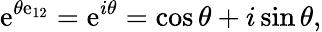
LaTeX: \mathrm{e}^{\theta\mathbf{{\mathrm{e}}}_{12}}=\mathrm{e}^{i\theta}=\cos{\theta}+i\sin{\theta},